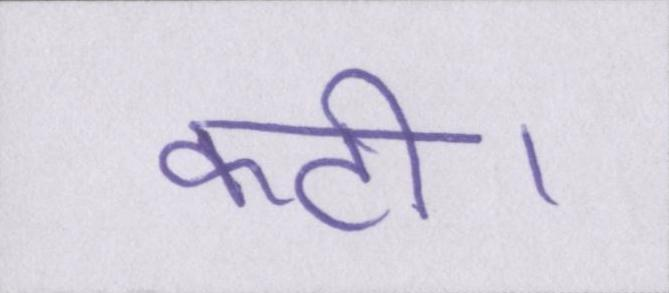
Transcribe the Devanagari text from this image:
कटी।